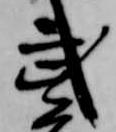
武